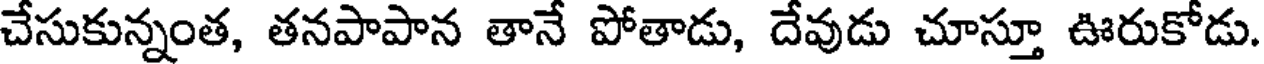
చేసుకున్నంత, తనపాపాన తానే పోతాడు, దేవుడు చూస్తూ ఊరుకోడు.